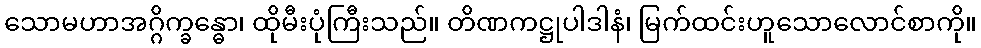
သောမဟာအဂ္ဂိက္ခန္ဓော၊ ထိုမီးပုံကြီးသည်။ တိဏကဋ္ဌုပါဒါနံ၊ မြက်ထင်းဟူသောလောင်စာကို။